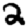
Digit: 2